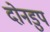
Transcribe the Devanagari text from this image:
दोनडुप